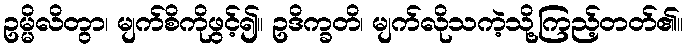
ဥမ္မိလိတွာ၊ မျက်စိကိုဖွင့်၍။ ဥဒိက္ခတိ၊ မျက်လိုသကဲ့သို့ကြည့်တတ်၏။